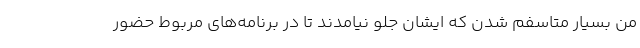
من بسیار متاسفم شدن که ایشان جلو نیامدند تا در برنامه‌های مربوط حضور